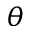
\theta